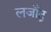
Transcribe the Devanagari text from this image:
लजाँद्र